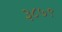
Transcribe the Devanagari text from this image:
३८७९